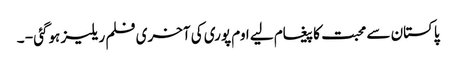
پاکستان سے محبت کا پیغام لیے اوم پوری کی آخری فلم ریلیز ہوگئی - ۔